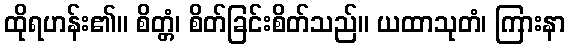
ထိုရဟန်း၏။ စိတ္တံ၊ စိတ်ခြင်းစိတ်သည်။ ယထာသုတံ၊ ကြားနာ